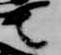
也